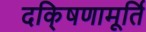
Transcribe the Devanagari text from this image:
दकि्षणामूर्ति